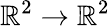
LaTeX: \mathbb{R}^{2}\to\mathbb{R}^{2}